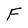
Character: F